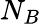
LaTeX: N_{B}